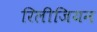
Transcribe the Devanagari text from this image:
रिलीजियन